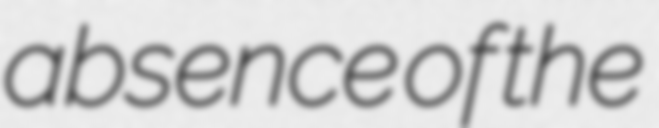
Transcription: absence of the